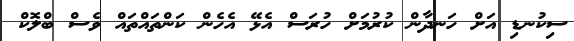
ސިކުނޑި އަށް ހަނދާން ކުރުމަށް ހުރަސް އެޅޭ އެހެން ކަންތައްތައް ވެސް ބްލޮކް